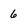
Character: 6